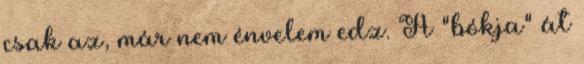
csak az, már nem énvelem edz. A "bókja" át